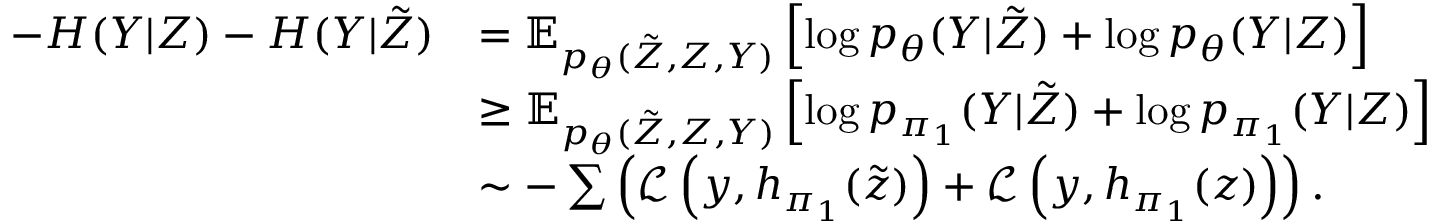
\begin{array} { r l } { - H ( Y | Z ) - H ( Y | \tilde { Z } ) } & { = \mathbb { E } _ { p _ { \theta } ( \tilde { Z } , Z , Y ) } \left[ \log p _ { \theta } ( Y | \tilde { Z } ) + \log p _ { \theta } ( Y | Z ) \right] } \\ & { \ge \mathbb { E } _ { p _ { \theta } ( \tilde { Z } , Z , Y ) } \left[ \log p _ { \pi _ { 1 } } ( Y | \tilde { Z } ) + \log p _ { \pi _ { 1 } } ( Y | Z ) \right] } \\ & { \sim - \sum \left( \mathcal { L } \left( y , h _ { \pi _ { 1 } } ( \tilde { z } ) \right) + \mathcal { L } \left( y , h _ { \pi _ { 1 } } ( z ) \right) \right) . } \end{array}